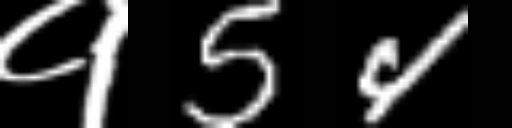
Text: १54